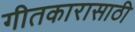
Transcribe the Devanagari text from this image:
गीतकारासाठी